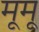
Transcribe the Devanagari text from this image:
मूमू